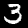
Label: 3